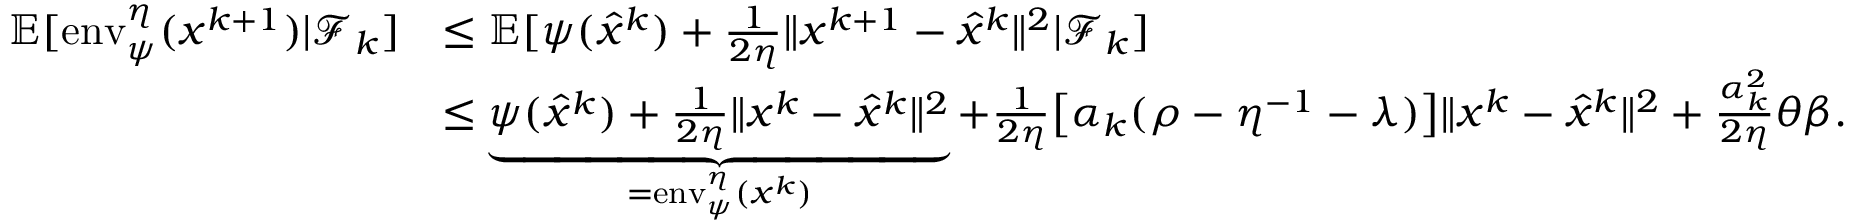
\begin{array} { r l } { \mathbb { E } [ \mathrm { e n v } _ { \psi } ^ { \eta } ( x ^ { k + 1 } ) \vert \mathcal { F } _ { k } ] } & { \leq \mathbb { E } [ \psi ( \hat { x } ^ { k } ) + \frac { 1 } { 2 \eta } \| x ^ { k + 1 } - \hat { x } ^ { k } \| ^ { 2 } \vert \mathcal { F } _ { k } ] } \\ & { \leq \underbrace { \psi ( \hat { x } ^ { k } ) + \frac { 1 } { 2 \eta } \| x ^ { k } - \hat { x } ^ { k } \| ^ { 2 } } _ { = \mathrm { e n v } _ { \psi } ^ { \eta } ( x ^ { k } ) } + \frac { 1 } { 2 \eta } \big [ \alpha _ { k } ( \rho - \eta ^ { - 1 } - \lambda ) \big ] \| x ^ { k } - \hat { x } ^ { k } \| ^ { 2 } + \frac { \alpha _ { k } ^ { 2 } } { 2 \eta } \theta \beta . } \end{array}